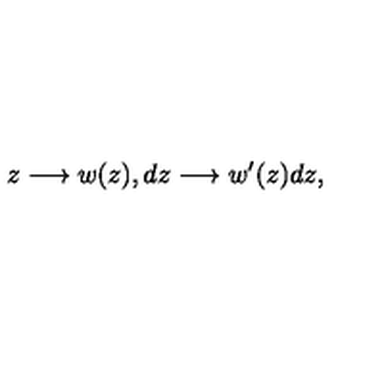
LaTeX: z \longrightarrow w ( z ) , d z \longrightarrow w ^ { \prime } ( z ) d z ,